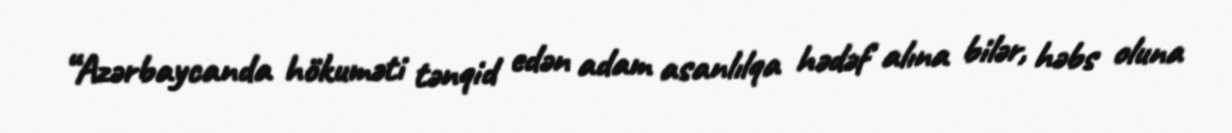
“Azərbaycanda hökuməti tənqid edən adam asanlılqa hədəf alına bilər, həbs oluna